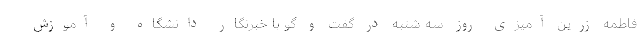
فاطمه زرین آمیزی روز سه شنبه در گفت و گو با خبرنگار دانشگاه و آموزش